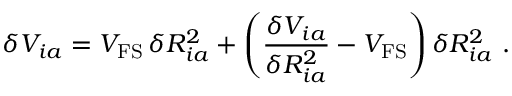
\delta V _ { i a } = V _ { \mathrm { F S } } \, \delta R _ { i a } ^ { 2 } + \left( \frac { \delta V _ { i a } } { \delta R _ { i a } ^ { 2 } } - V _ { \mathrm { F S } } \right) \delta R _ { i a } ^ { 2 } \ .